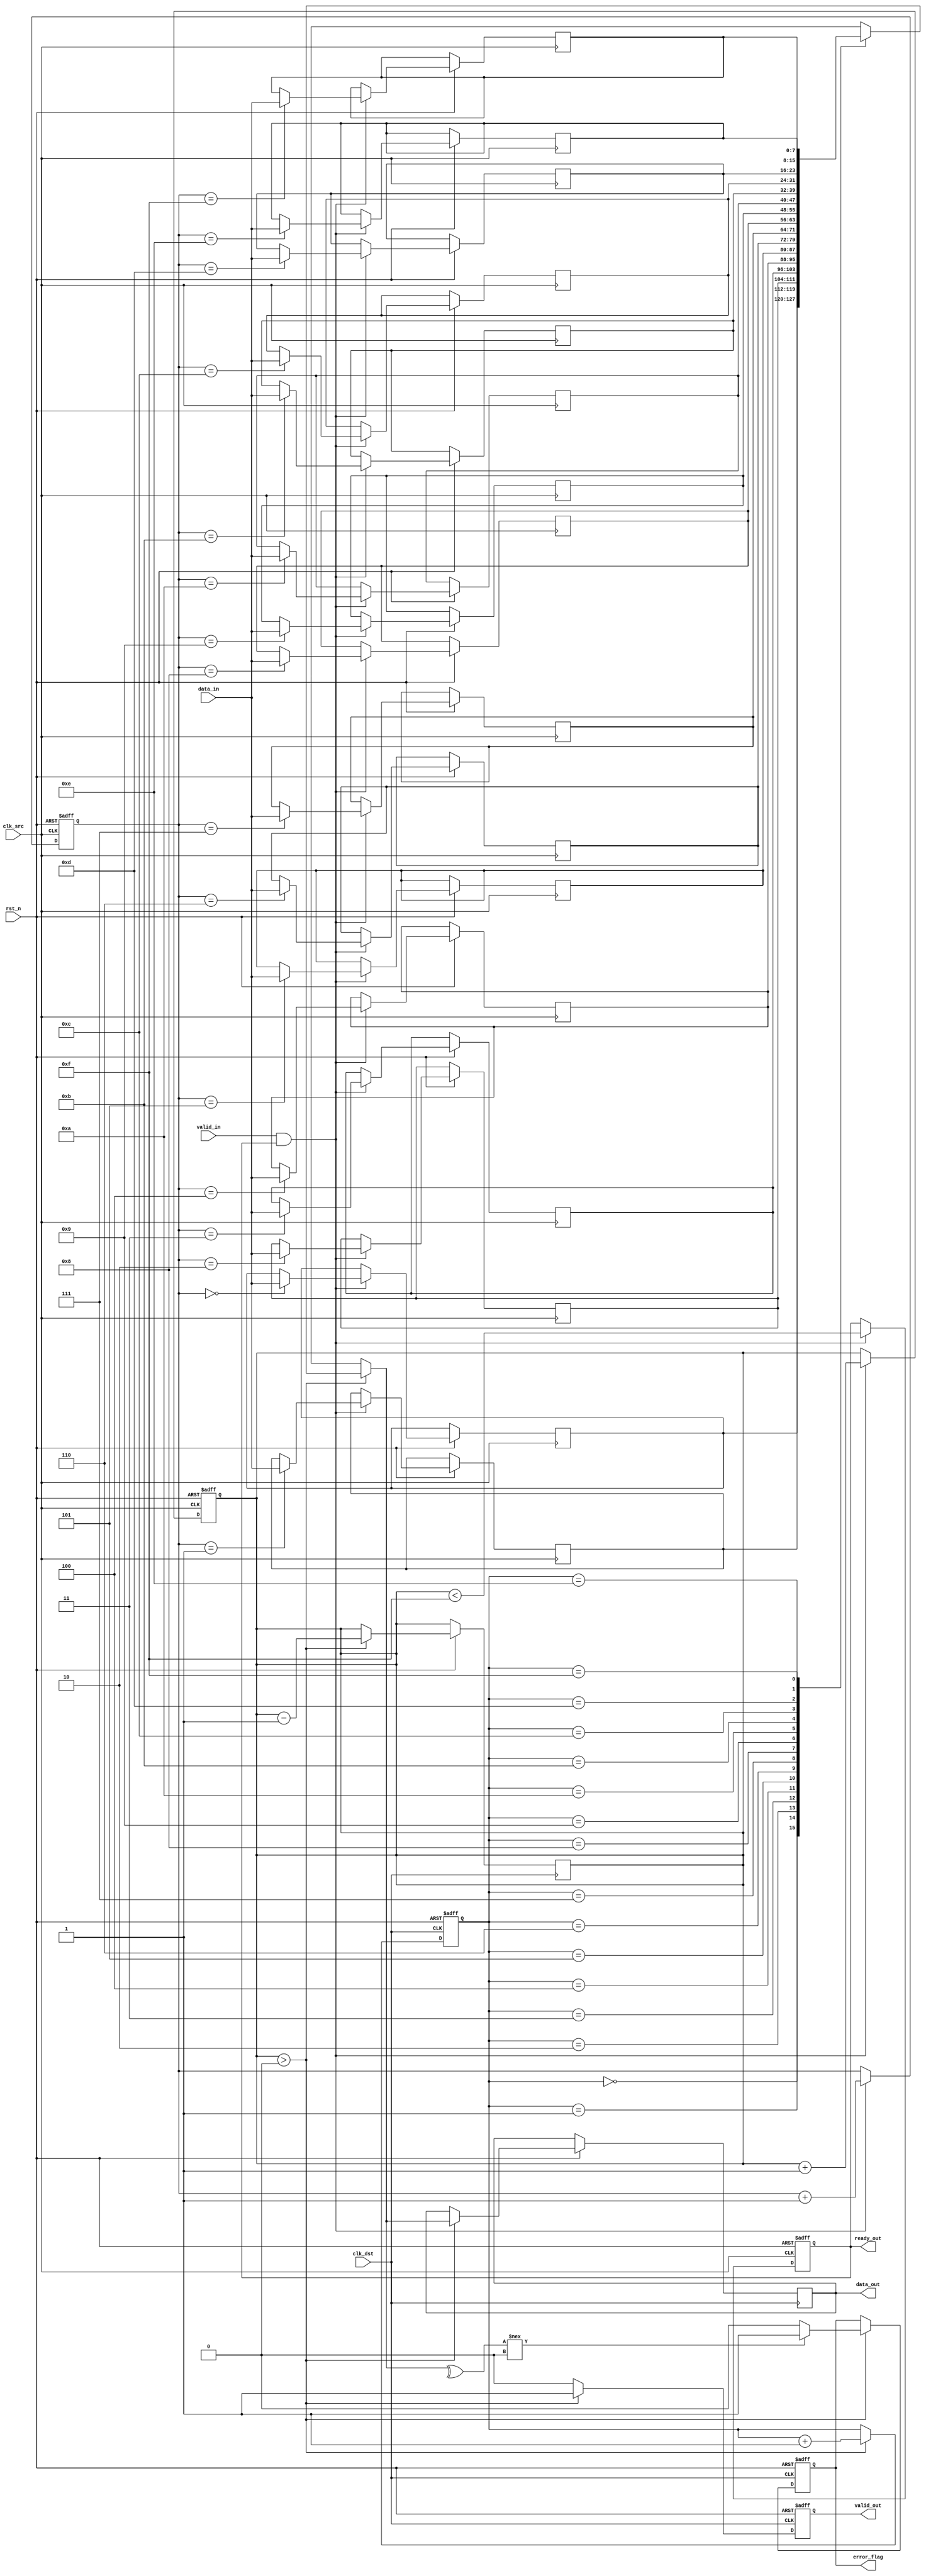
module cdc_memory_block #(
    parameter DATA_WIDTH = 8,
    parameter FIFO_DEPTH = 16
)(
    input wire clk_src,          // Source clock
    input wire clk_dst,          // Destination clock
    input wire rst_n,            // Active low reset
    input wire [DATA_WIDTH-1:0] data_in, // Data input from source domain
    input wire valid_in,         // Valid signal for input data
    output reg ready_out,        // Ready signal for source domain
    output reg [DATA_WIDTH-1:0] data_out, // Data output to destination domain
    output reg valid_out,        // Valid signal for output data
    output reg error_flag        // Error flag for parity error
);

// FIFO structure
reg [DATA_WIDTH-1:0] fifo_mem [0:FIFO_DEPTH-1];
reg [3:0] write_ptr, read_ptr;
reg [3:0] fifo_count;

// Parity bit generation
reg parity_bit;
reg [DATA_WIDTH-1:0] data_buffer;
reg [DATA_WIDTH:0] data_with_parity; // Data + parity

// Synchronization FIFO control
always @(posedge clk_src or negedge rst_n) begin
    if (!rst_n) begin
        write_ptr <= 0;
        fifo_count <= 0;
        ready_out <= 1;
    end else if (valid_in && ready_out) begin
        // Calculate parity
        parity_bit = ^data_in;
        data_with_parity = {parity_bit, data_in}; // Append parity bit
        fifo_mem[write_ptr] <= data_with_parity;
        write_ptr <= write_ptr + 1;
        fifo_count <= fifo_count + 1;
        ready_out <= (fifo_count < FIFO_DEPTH - 1); // Update ready signal
    end
end

// Read pointer and data output
always @(posedge clk_dst or negedge rst_n) begin
    if (!rst_n) begin
        read_ptr <= 0;
        valid_out <= 0;
        error_flag <= 0;
    end else if (fifo_count > 0) begin
        data_with_parity = fifo_mem[read_ptr];
        data_out = data_with_parity[DATA_WIDTH-1:0]; // Extract data
        // Check parity
        if (^data_out !== data_with_parity[DATA_WIDTH]) begin
            error_flag <= 1; // Set error flag if parity check fails
        end else begin
            error_flag <= 0; // Clear error flag if no error
        end
        valid_out <= 1; // Set valid output
        read_ptr <= read_ptr + 1;
        fifo_count <= fifo_count - 1;
    end else begin
        valid_out <= 0; // Clear valid output if no data
    end
end

endmodule